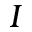
I